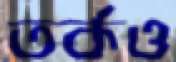
তর্কও